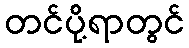
တင်ပို့ရာတွင်